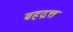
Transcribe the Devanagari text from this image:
ब्रहद्रत्त